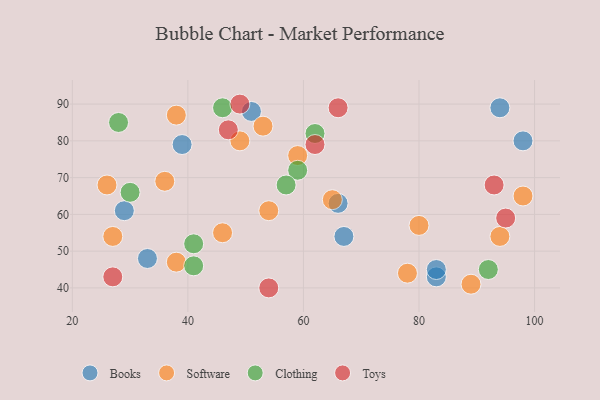
{"axis": {"x": "GDP", "y": "Life Expectancy"}, "legend": ["Books", "Clothing", "Software", "Toys"], "data": [{"x": "33", "y": 48, "type": "Books"}, {"x": "94", "y": 89, "type": "Books"}, {"x": "98", "y": 80, "type": "Books"}, {"x": "51", "y": 88, "type": "Books"}, {"x": "83", "y": 43, "type": "Books"}, {"x": "83", "y": 45, "type": "Books"}, {"x": "29", "y": 61, "type": "Books"}, {"x": "67", "y": 54, "type": "Books"}, {"x": "66", "y": 63, "type": "Books"}, {"x": "39", "y": 79, "type": "Books"}, {"x": "78", "y": 44, "type": "Software"}, {"x": "36", "y": 69, "type": "Software"}, {"x": "38", "y": 87, "type": "Software"}, {"x": "49", "y": 80, "type": "Software"}, {"x": "38", "y": 47, "type": "Software"}, {"x": "65", "y": 64, "type": "Software"}, {"x": "54", "y": 61, "type": "Software"}, {"x": "46", "y": 55, "type": "Software"}, {"x": "94", "y": 54, "type": "Software"}, {"x": "53", "y": 84, "type": "Software"}, {"x": "98", "y": 65, "type": "Software"}, {"x": "80", "y": 57, "type": "Software"}, {"x": "89", "y": 41, "type": "Software"}, {"x": "27", "y": 54, "type": "Software"}, {"x": "26", "y": 68, "type": "Software"}, {"x": "59", "y": 76, "type": "Software"}, {"x": "28", "y": 85, "type": "Clothing"}, {"x": "59", "y": 72, "type": "Clothing"}, {"x": "62", "y": 82, "type": "Clothing"}, {"x": "92", "y": 45, "type": "Clothing"}, {"x": "41", "y": 52, "type": "Clothing"}, {"x": "30", "y": 66, "type": "Clothing"}, {"x": "46", "y": 89, "type": "Clothing"}, {"x": "41", "y": 46, "type": "Clothing"}, {"x": "57", "y": 68, "type": "Clothing"}, {"x": "66", "y": 89, "type": "Toys"}, {"x": "62", "y": 79, "type": "Toys"}, {"x": "49", "y": 90, "type": "Toys"}, {"x": "47", "y": 83, "type": "Toys"}, {"x": "54", "y": 40, "type": "Toys"}, {"x": "93", "y": 68, "type": "Toys"}, {"x": "95", "y": 59, "type": "Toys"}, {"x": "27", "y": 43, "type": "Toys"}]}